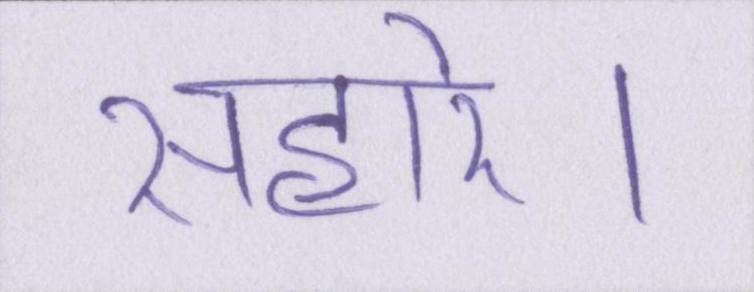
सहारे।